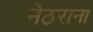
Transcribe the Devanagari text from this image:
नेठराना